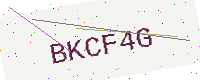
Text: BKCF4G